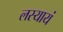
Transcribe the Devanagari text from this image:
लस्यायं